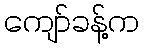
ကျော်ခန့်က